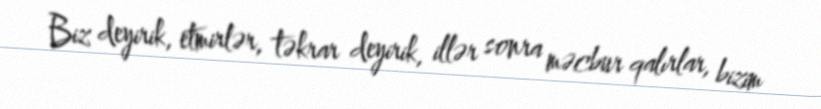
Biz deyirik, etmirlər, təkrar deyirik, illər sonra məcbur qalırlar, bizim